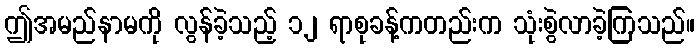
ဤအမည်နာမကို လွန်ခဲ့သည့် ၁၂ ရာစုခန့်ကတည်းက သုံးစွဲလာခဲ့ကြသည်။